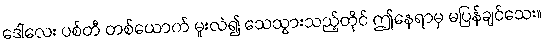
ဒေါ်လေး ပစ်တီ တစ်ယောက် မူးလဲ၍ သေသွားသည့်တိုင် ဤနေရာမှ မပြန်ချင်သေး။